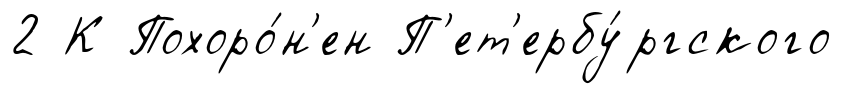
2 К Похоро́н'ен П'ет'ербу́ргского